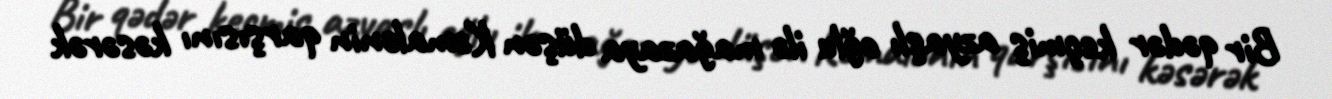
Bir qədər keçmiş azyaşlı oğlu ilə mağazaya düşən Kəmalənin qarşısını kəsərək